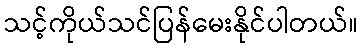
သင့်ကိုယ်သင်ပြန်မေးနိုင်ပါတယ်။